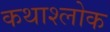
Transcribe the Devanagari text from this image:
कथाश्लोक